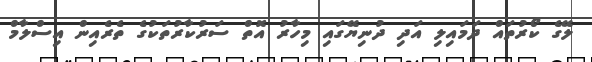
ލޭގެ ކޯރުތައް ދަމައިލި އަދި ދުނިޔޭގައި މިހާރު އޮތް ސަރުކާރުތަކުގެ ތެރެއިން އިސްލާމް